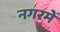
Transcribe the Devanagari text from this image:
नगरमें